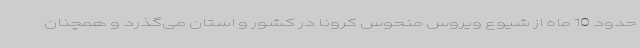
حدود 10 ماه از شیوع ویروس منحوس کرونا در کشور و استان می‌گذرد و همچنان